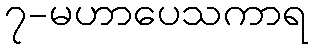
၇-မဟာပေသကာရ